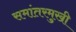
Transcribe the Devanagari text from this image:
समांतरमुखी